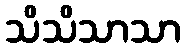
သိသိသာသာ